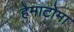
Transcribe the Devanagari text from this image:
हेमाटोमा